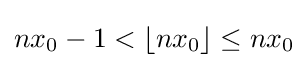
nx_{0}-1<\lfloor nx_{0}\rfloor \leq nx_{0}